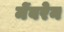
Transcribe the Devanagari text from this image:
मेंबरेन